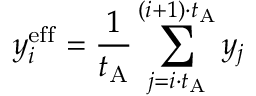
y _ { i } ^ { \mathrm { e f f } } = \frac { 1 } { t _ { \mathrm { A } } } \sum _ { j = i \cdot t _ { \mathrm { A } } } ^ { ( i + 1 ) \cdot t _ { \mathrm { A } } } y _ { j }